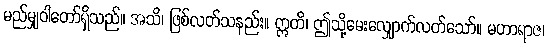
မည်မျှဝါတော်ရှိသည်။ အသိ၊ ဖြစ်လတ်သနည်း။ ဣတိ၊ ဤသို့မေးလျှောက်လတ်သော်။ မဟာရာဇ၊